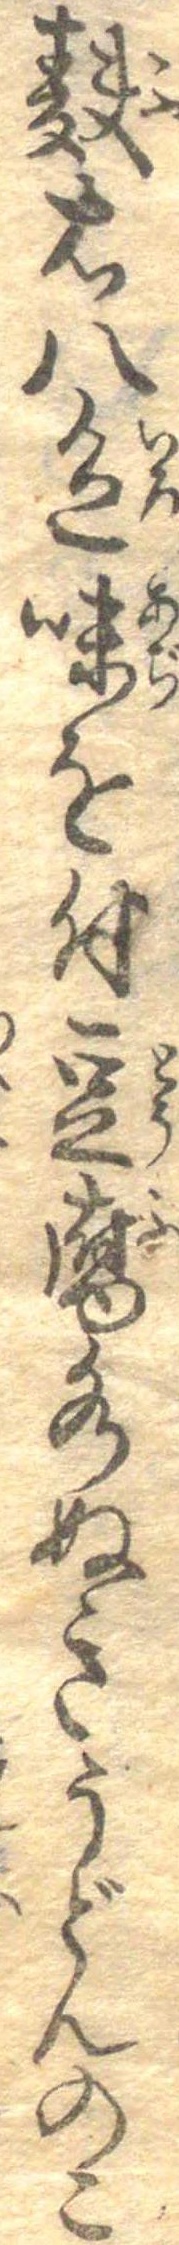
麩右八色味を付豆腐水ぬきうどんのこ